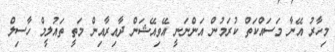
މިހާރު އޭނާ މަސައްކަތް ކުރަމުން އަންނަނީ އޭވިއޭޝަން ދާއިރާއިން މަތީ ތައުލީމް ހާސިލް